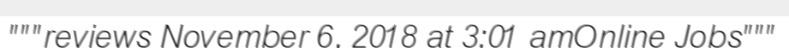
"""reviews November 6, 2018 at 3:01 amOnline Jobs"""